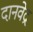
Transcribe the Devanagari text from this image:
दानवेद्र